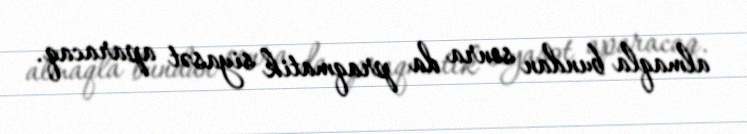
almaqla bundan sonra da praqmatik siyasət aparacaq.